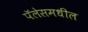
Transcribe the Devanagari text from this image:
पॅलेसमधील